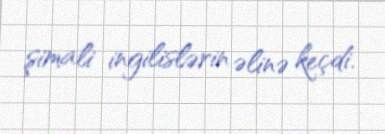
şimali ingilislərin əlinə keçdi.